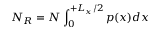
N _ { R } = N \int _ { 0 } ^ { + L _ { x } / 2 } p ( x ) d x